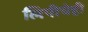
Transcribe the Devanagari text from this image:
लिपीचेही